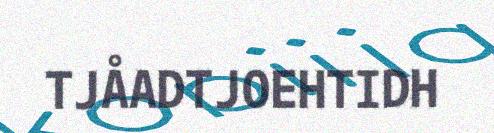
TJÅADTJOEHTIDH